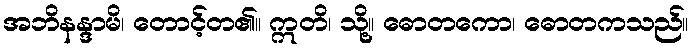
အဘိနန္ဒာမိ၊ တောင့်တ၏။ ဣတိ၊ သို့။ ဓောတကော၊ ဓောတကသည်။